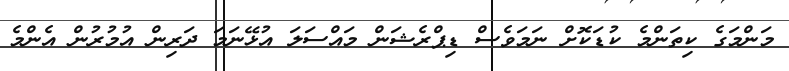
މަންމަގެ ކިތަންމެ ކުޑަކޮށް ނަމަވެސް ޑިޕްރެޝަން މައްސަލަ އުޅޭނަމަ ދަރިން އުމުރުން އެންމެ